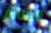
الغنائم